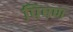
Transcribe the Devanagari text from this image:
पिषण